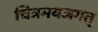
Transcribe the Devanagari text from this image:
चित्रमयजगत्‌